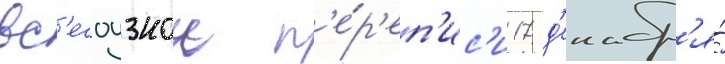
вс'есоузнои п'е́р'еп'ис'и 17 д'екабр'я́